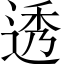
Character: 透